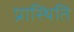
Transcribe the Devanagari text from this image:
प्रास्थिति